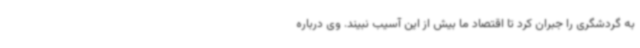
به گردشگری را جبران کرد تا اقتصاد ما بیش از این آسیب نبیند. وی درباره